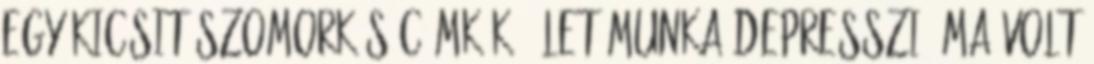
Egy kicsit szomorkás Címkék: élet munka depresszió Ma volt